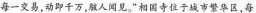
每一交易，动即千万，骇人闻见。相国寺位于城市繁华区，每